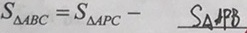
S _ { \Delta A B C } = S _ { \Delta A P C } - S _ { \Delta A P B }